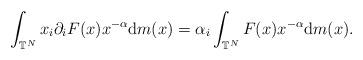
LaTeX: \begin{align*}\int_{\mathbb{T}^{N}}x_{i}\partial_{i}F(x) x^{-\alpha}\mathrm{d}m(x) =\alpha_{i}\int_{\mathbb{T}^{N}}F (x) x^{-\alpha}\mathrm{d}m(x) .\end{align*}